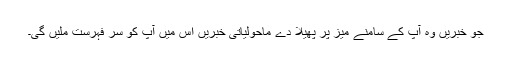
جو خبریں وہ آپ کے سامنے میز پر پھیلا دے ماحولیاتی خبریں اس میں آپ کو سر فہرست ملیں گی۔